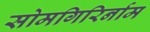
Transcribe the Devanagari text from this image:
सोमगिरिर्नाम